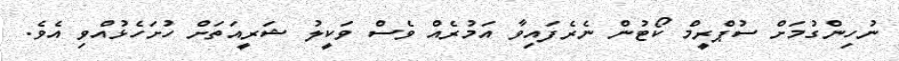
ނުހިންގުމަށް ސުޕްރީމް ކޯޓުން ނެރެފައިވާ އަމުރެއް ވެސް ވަކީލު ޝަރީއަތަށް ހުށަހެޅުއްވި އެވެ.